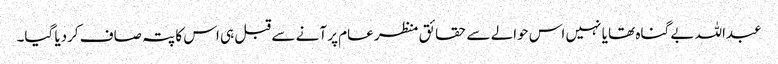
عبداللہ بے گناہ تھا یا نہیں اس حوالے سے حقائق منظر عام پر آنے سے قبل ہی اس کا پتہ صاف کردیا گیا۔